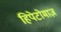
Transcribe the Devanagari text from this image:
हिपेटोमाज़